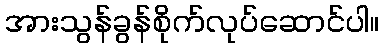
အားသွန်ခွန်စိုက်လုပ်ဆောင်ပါ။